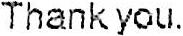
THANK YOU.